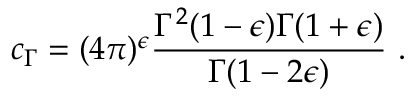
c _ { \Gamma } = { ( 4 \pi ) ^ { \epsilon } } \frac { \Gamma ^ { 2 } ( 1 - \epsilon ) \Gamma ( 1 + \epsilon ) } { \Gamma ( 1 - 2 \epsilon ) } \ .